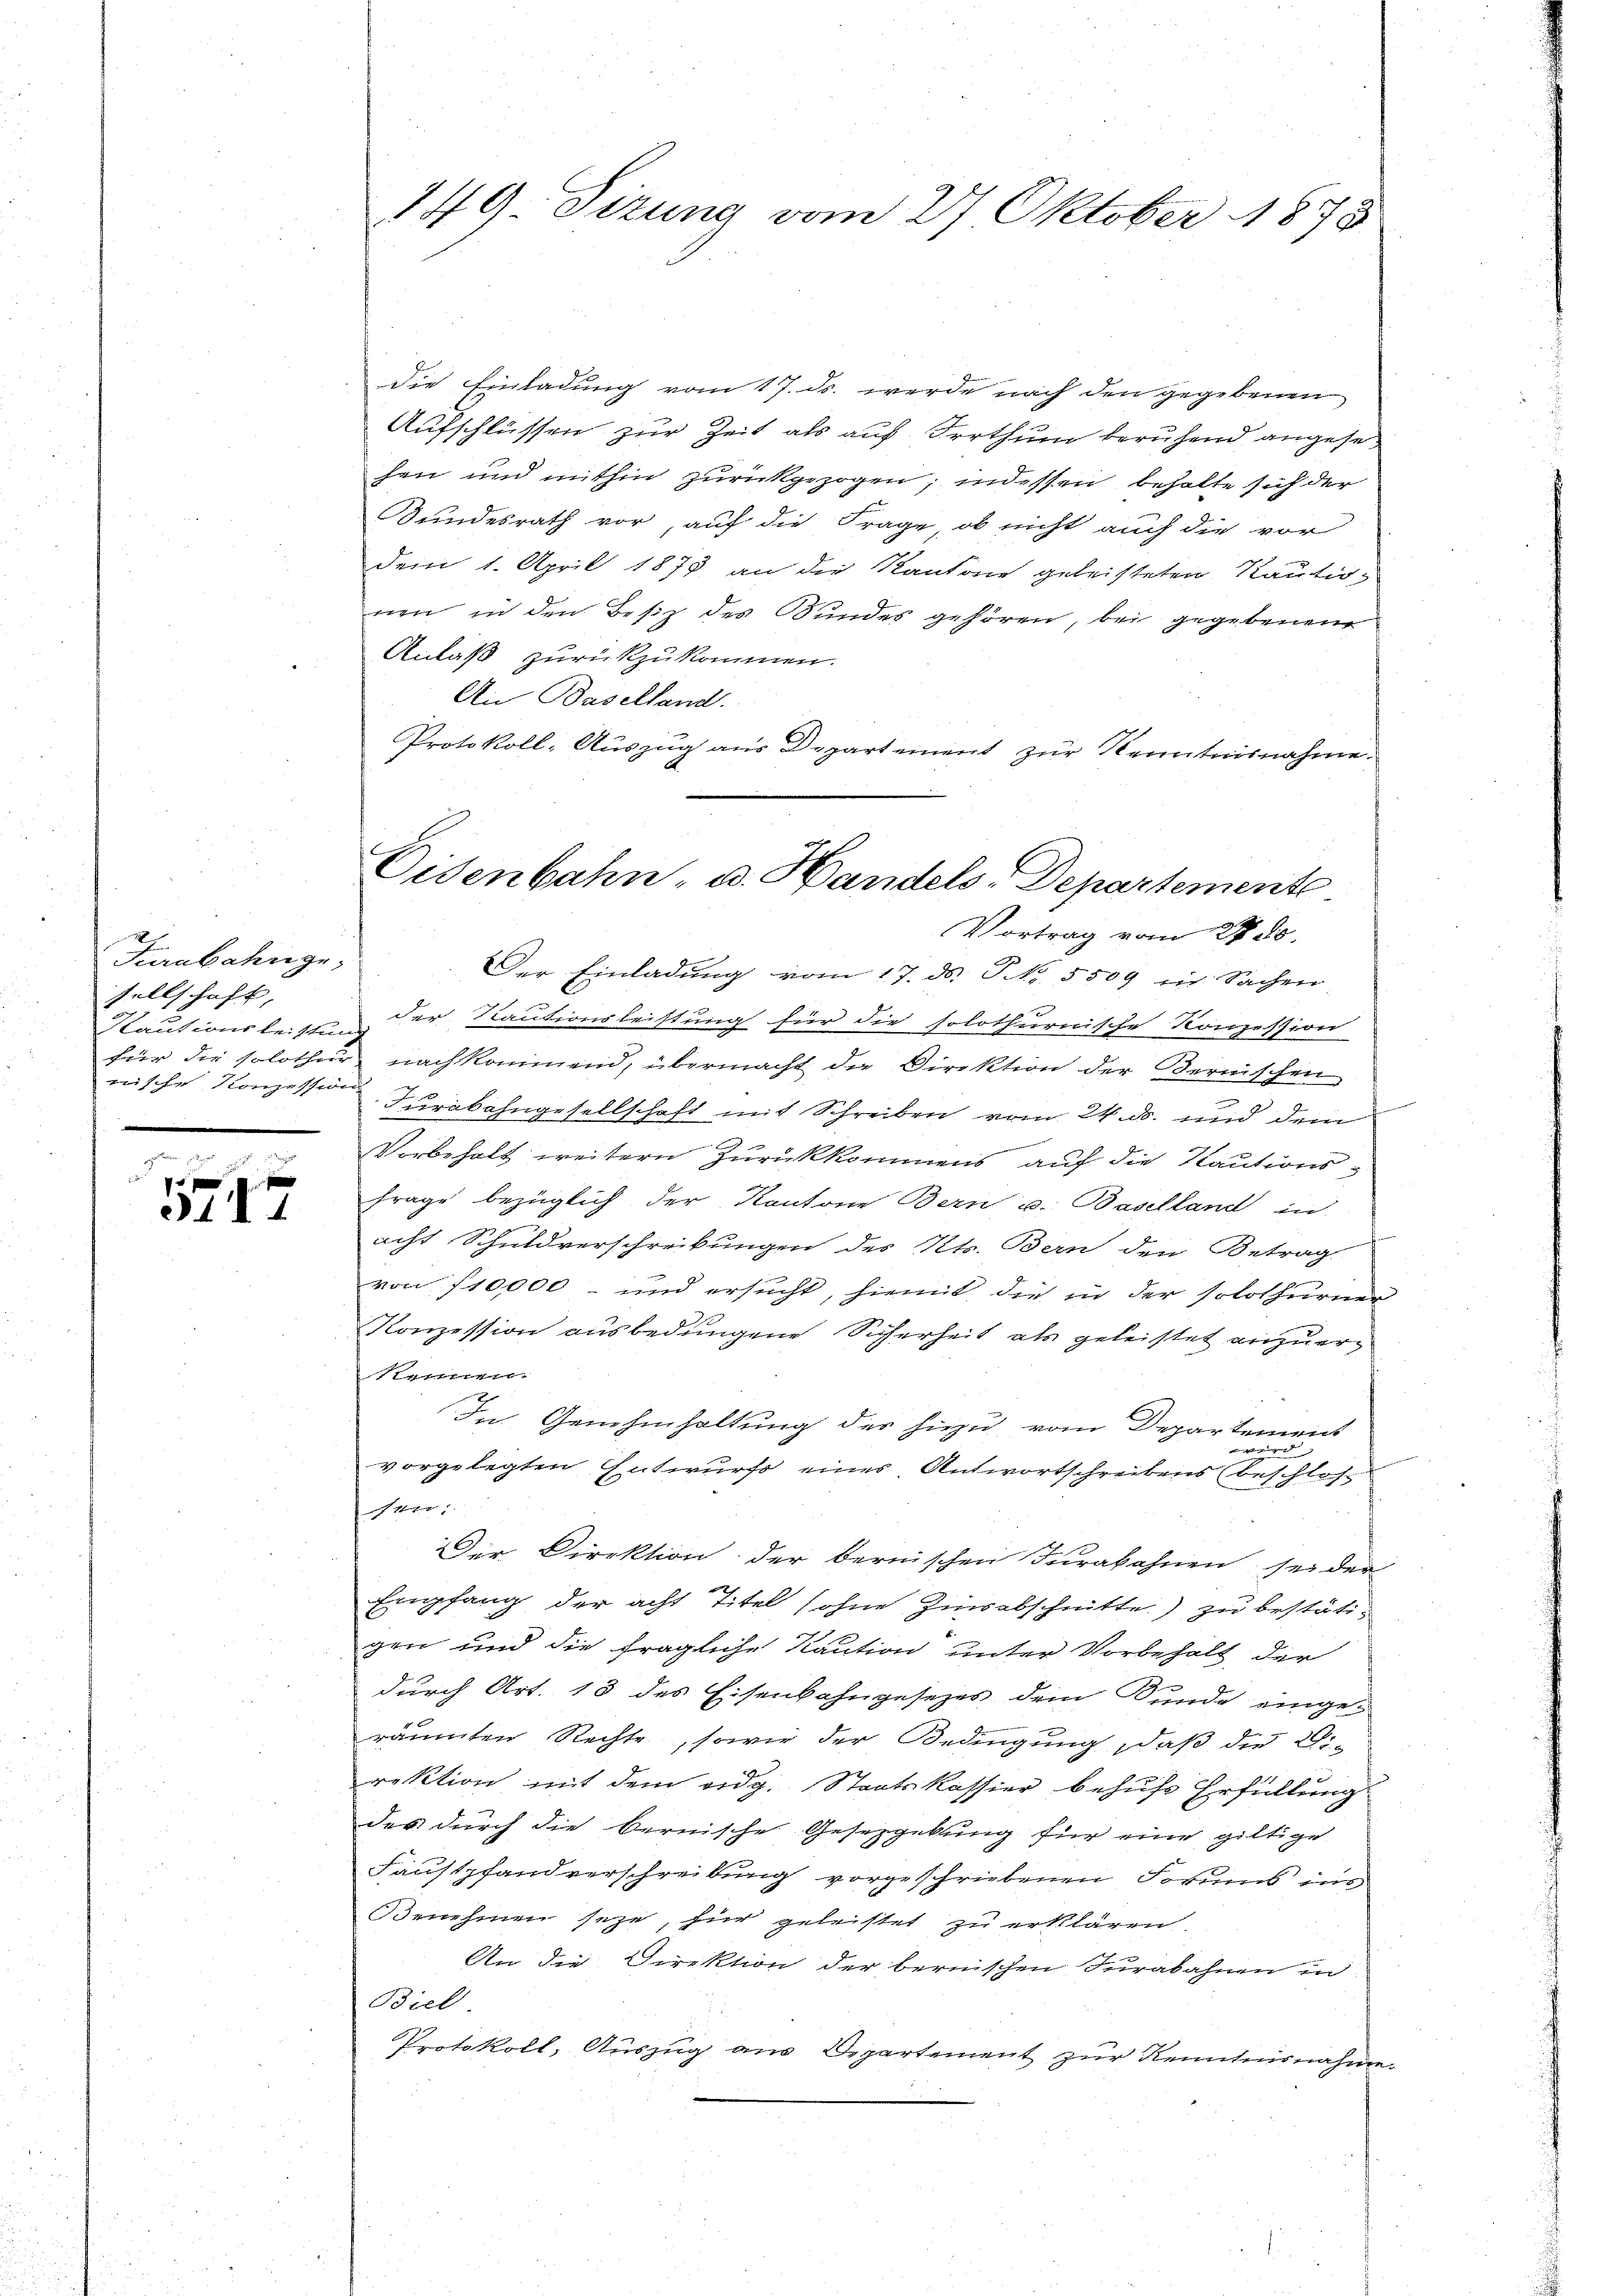
Faubahnge
sellschaft, |
Rautionsleistung
erische Konzession
.

e
d
1 x
24. d. 4

die Einladung vom 17. ds. werde nach den gegebenen
Aufschlüssen zur Zeit als auf Irrthum beruhend angesehen und mithin zurückgezogen, indessen behalte sich der
Bundesrath vor, auf die Frage, ob nicht auch die vor
dem 1. April 1873 an die Kantone geleisteten Kautionen, in den Besiz des Bundes gehören, bei gegebenen
Anlaß zurückzukommen.
An Baselland.
Protokoll-Auszug aus Departement zur Kenntnisnahme.

149. Sizung vom 27 Oktober 1878

Der Einladung vom 17. ds. P. Nr. 5509 in Sachen-
der Kautionsleistung für die solothurnische Konzession
für die solothur nachkommend, übermacht die Direktion der Bernischen
Furabahngesellschaft mit Schreiben vom 24. ds. und dem
.
Vorbehalt weitern Zurückkommens auf die Kautions¬
Frage bezüglich der Kantone Bern u. Baselland in
acht Schuldverschreibungen des Kts. Bern den Betrag
von 110,000 - und ersucht, hiemit, die in der solothurner
Konzession ausbedungene Sicherheit als geleistet anzuer¬
Steinen.
2
In Genehmhaltung des hiezu vom Departement
wird
vorgelegten Entwurfs eines Antwortschreibens beschloss
17.
Der Direktion der bernischen Jurakahnen sei der
Emfang der acht Titel sohne Zinsabschnitte) zu bestätigen und die fragliche Kaution unter Vorbehalt der
durch Art. 13 des Eisenbahngesezes dem Bunde eingeräumten Rechte, sowie der Bedingung, daß die 2.-
rektion mit dem eidg. Staatskassier behufe Erfüllung
des durch die bernische Gesezgekung für eine giltige
Faustpfandverschreibung vorgeschriebenen Forus ins
Benehmen seye, für geleistet zu erklären.
An die Direktion der bernischen Furabahnen in
Biel
Protokoll, Auszug aus Departement zur Kenntnisnahme.

Eisenbahn- u. Handels-Departemente
Vortrag vom 27. 80.